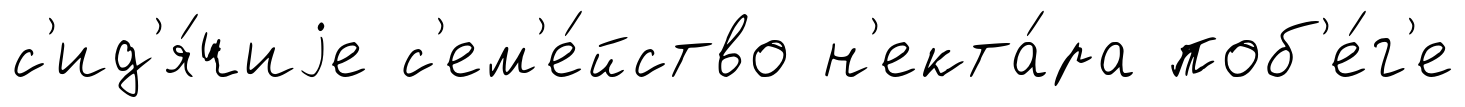
с'ид'я́чиjе с'ем'е́йство н'екта́ра поб'е́г'е